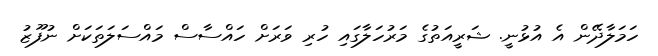
ހަމަލާދޭން އެ އުޅުނީ. ޝަރީއަތުގެ މަރުހަލާގައި ހުރި ވަރަށް ހައްސާސް މައްސަލަތަކަށް ނުފޫޒު